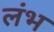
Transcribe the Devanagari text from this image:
लंभ